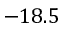
- 1 8 . 5